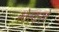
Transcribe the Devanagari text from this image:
स्वेरकरचे